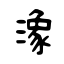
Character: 潒